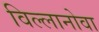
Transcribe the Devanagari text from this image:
विल्लानोवा